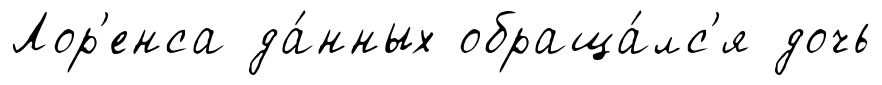
Лор'енса да́нных обраща́лс'я дочь